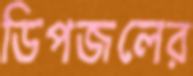
ডিপজলের